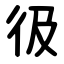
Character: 彶